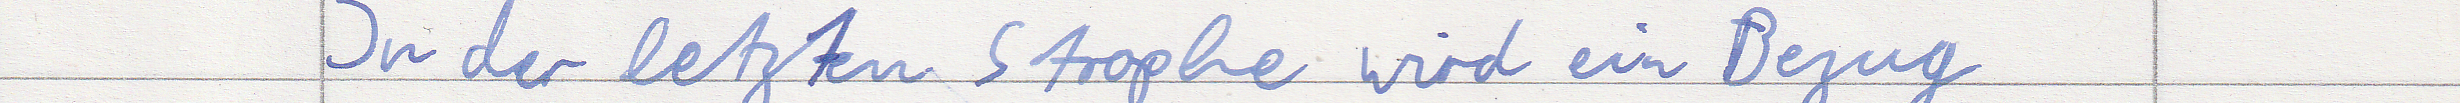
In der letzten Strophe wird ein Bezug